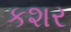
કશર